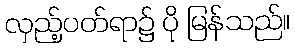
လှည့်ပတ်ရာ၌ ပို မြန်သည်။